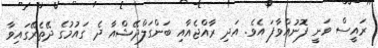
ރައީސް ވަނީ ފޮނުއްވާފަ އެވެ. އަދި ރާއްޖެއާއި ބަންގަލްދޭޝްއާ ދެ ގައުމުގެ ދޭތެރޭގައިވާ